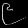
Digit: ၉